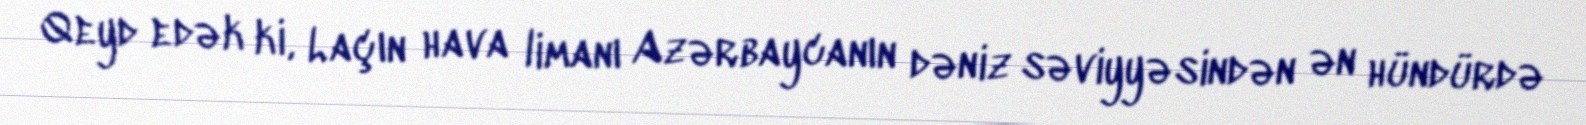
Qeyd edək ki, Laçın hava limanı Azərbaycanın dəniz səviyyəsindən ən hündürdə